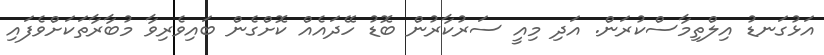
އަޅުގަނޑު އިލްތިމާސްކުރަން. އަދި މިއީ ސަރުކާރުން ބޮޑު ހޭދައެއް ކޮށްގެން ބައިވެރިވާ މުބާރާތަކަށްވެފައި